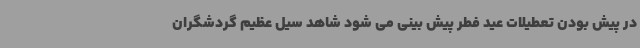
در پیش بودن تعطیلات عید فطر پیش بینی می شود شاهد سیل عظیم گردشگران